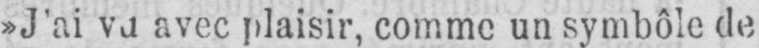
»J’ai va avec plaisir, comme un symbole de